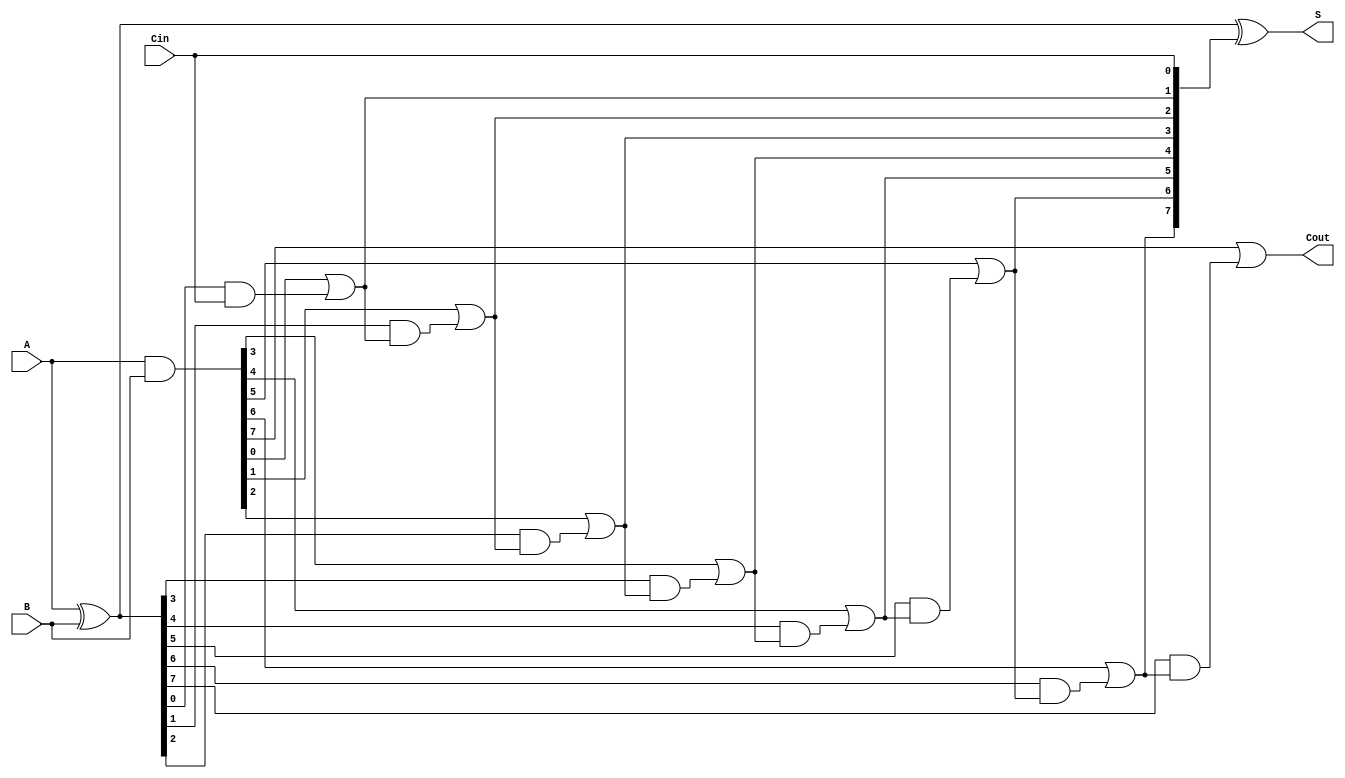
module BrentKungAdder #(parameter N = 8) (
    input [N-1:0] A,
    input [N-1:0] B,
    input Cin,
    output [N-1:0] S,
    output Cout
);
    // Generate and Propagate signals
    wire [N-1:0] G;  // Generate signals
    wire [N-1:0] P;  // Propagate signals
    assign G = A & B; // Generate
    assign P = A ^ B; // Propagate

    // Carry signals
    wire [N:0] C;  // Carry signals, C[0] = Cin
    assign C[0] = Cin;

    // Level 1 of the carry computation
    genvar i;
    generate
        for (i = 0; i < N; i = i + 1) begin: level1
            assign C[i+1] = G[i] | (P[i] & C[i]);
        end
    endgenerate

    // Sum computation
    assign S = P ^ C[N-1:0];

    // Final carry out
    assign Cout = C[N];

endmodule